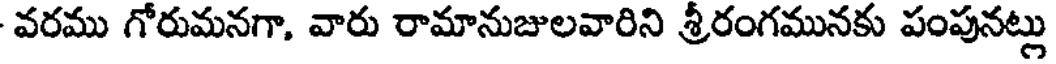
వరము గోరుమనగా, వారు రామానుజులవారిని శ్రీరంగమునకు పంపునట్లు